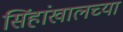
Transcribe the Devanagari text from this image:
सिंहांखालच्या